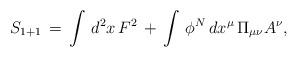
LaTeX: \begin{align*}S_{1+1} \, = \, \int\, d^2x \, F^2 \, + \, \int \,\phi^N \, dx^{\mu}\, \Pi_{\mu\nu} A^{\nu},\end{align*}